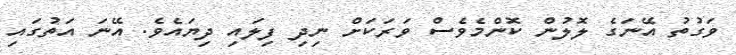
ވަގުތު އޭނަގެ ލޮލުން ކޮންމެވެސް ވަރަކަށް ނިދި ފިލައި ދިޔައެވެ. އޭނަ އަތުގައި